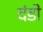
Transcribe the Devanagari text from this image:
दंडो